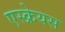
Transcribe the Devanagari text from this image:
एस्क्रेयस